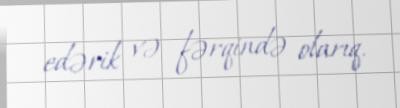
edərik və fərqində olarıq.